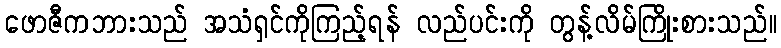
ဖောဇီကဘားသည် အသံရှင်ကိုကြည့်ရန် လည်ပင်းကို တွန့်လိမ်ကြိုးစားသည်။